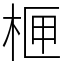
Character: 㭱